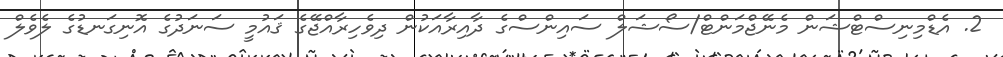
2. އެޑްމިނިސްޓްޝަން މެނޭޖްމަންޓް/ސޯޝަލް ސައިންސްގެ ދާއިރާއަކުން ދިވެހިރާއްޖޭގެ ޤައުމީ ސަނަދުގެ އޮނިގަނޑުގެ ލެވެލް